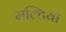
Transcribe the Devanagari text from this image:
मल्टिया